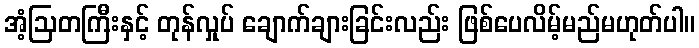
အံ့ဩတကြီးနှင့် တုန်လှုပ် ချောက်ချားခြင်းလည်း ဖြစ်ပေလိမ့်မည်မဟုတ်ပါ။